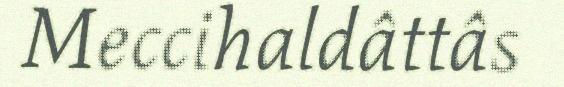
Meccihaldâttâs